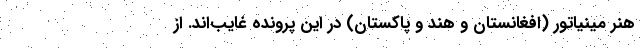
هنر مینیاتور (افغانستان و هند و پاکستان) در این پرونده غایب‌اند. از